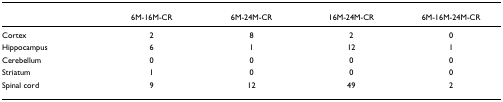
|  | 6M-16M-CR | 6M-24M-CR | 16M-24M-CR | 6M-16M-24M-CR |
 | --- | --- | --- | --- | --- |
 | Cortex | 2 | 8 | 2 | 0 |
 | Hippocampus | 6 | 1 | 12 | 1 |
 | Cerebellum | 0 | 0 | 0 | 0 |
 | Striatum | 1 | 0 | 0 | 0 |
 | Spinal cord | 9 | 12 | 49 | 2 |